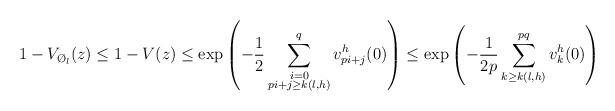
LaTeX: \begin{align*}1-V_{\O_l}(z)\leq 1- V(z)\leq \exp{\left(-\frac{1}{2}\sum_{\substack{i=0\\pi+j\geq k(l,h)}}^qv_{pi+j}^h(0)\right)}\leq \exp{\left(-\frac{1}{2p}\sum_{k\geq k(l,h)}^{pq}v_k^h(0)\right)}\end{align*}